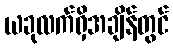
ယခုလက်ရှိအချိန်တွင်